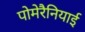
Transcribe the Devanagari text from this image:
पोमेरैनियाई